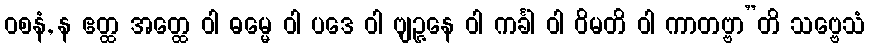
ဝစနံ, န ဧတ္ထ အတ္ထေ ဝါ ဓမ္မေ ဝါ ပဒေ ဝါ ဗျဉ္ဇနေ ဝါ ကင်္ခါ ဝါ ဝိမတိ ဝါ ကာတဗ္ဗာ”တိ သဗ္ဗေသံ